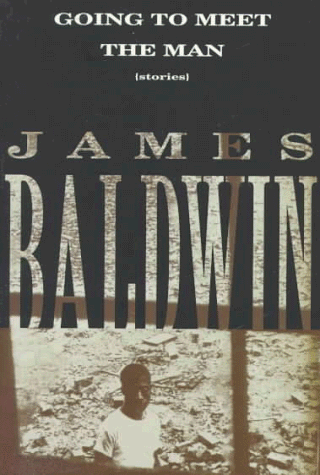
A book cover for Going to Meet the Man: Stories; James Baldwin; Literature & Fiction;